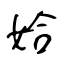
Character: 姶